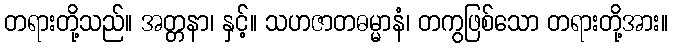
တရားတို့သည်။ အတ္တနာ၊ နှင့်။ သဟဇာတဓမ္မာနံ၊ တကွဖြစ်သော တရားတို့အား။